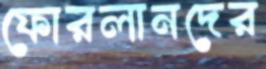
ফোরলানদের